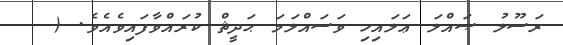
ރަސޫލު ޞައްލަ ޢަލައިހި ވަސައްލަމަ ޙަދީޘް ކުރައްވާފައިވެއެވެ. (